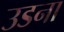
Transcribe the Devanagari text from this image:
उडना